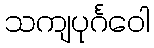
သကျပုင်္ဂဝေါ